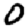
Digit: 0